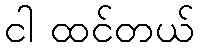
ငါ ထင်တယ်